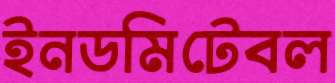
ইনডমিটেবল